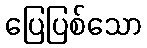
ပြေပြစ်သော